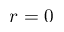
r = 0